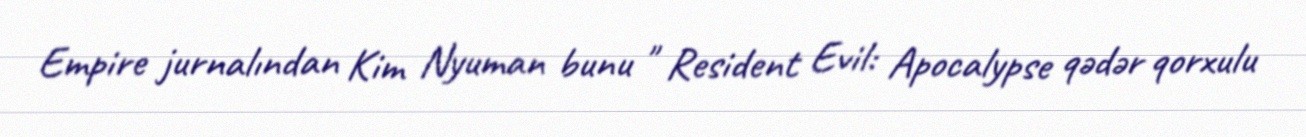
Empire jurnalından Kim Nyuman bunu " Resident Evil: Apocalypse qədər qorxulu